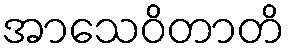
အာသေဝိတာတိ